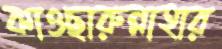
কাওছারুন্নাহার